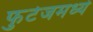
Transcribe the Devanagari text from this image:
फुटेजमध्ये